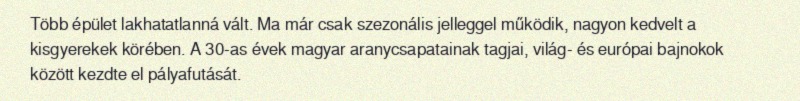
Több épület lakhatatlanná vált. Ma már csak szezonális jelleggel működik, nagyon kedvelt a kisgyerekek körében. A 30-as évek magyar aranycsapatainak tagjai, világ- és európai bajnokok között kezdte el pályafutását.